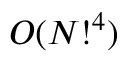
{ \cal O } ( N ! ^ { 4 } )